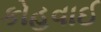
કોહવાઈ